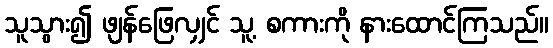
သူသွား၍ ဖျန်ဖြေလျှင် သူ့ စကားကို နားထောင်ကြသည်။